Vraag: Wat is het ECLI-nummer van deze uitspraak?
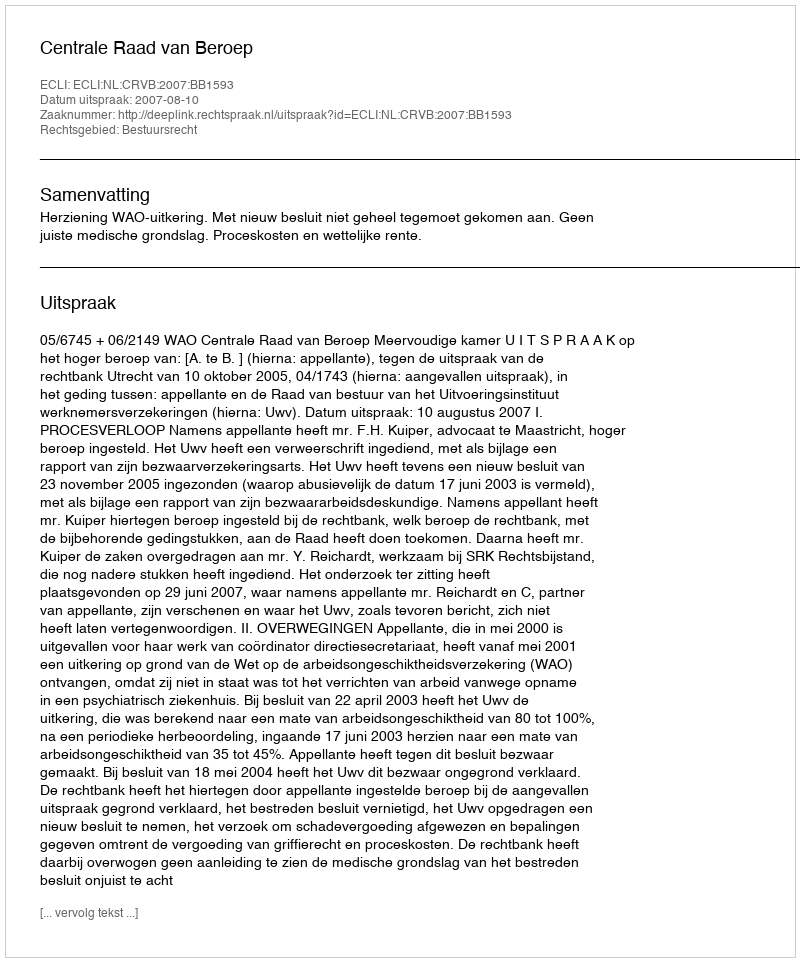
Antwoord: ECLI:NL:CRVB:2007:BB1593